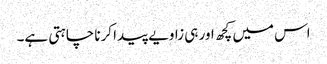
اس میں کچھ اور ہی زاویے پیدا کرنا چاہتی ہے۔